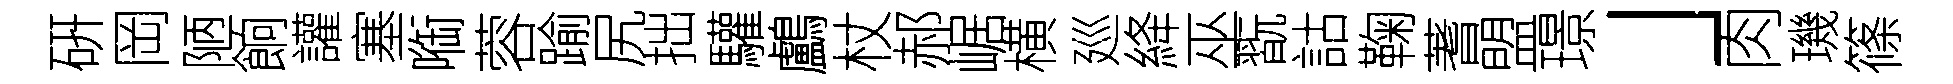
硏岡陋餉讙塞㗸蓉踰尻拙驩鸕杖郝崌横廵絳巫翫詁鞠蓍盟璟」肉璣篠